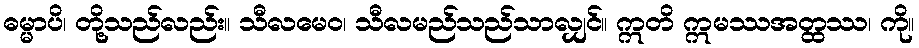
ဓမ္မာပိ၊ တို့သည်လည်း။ သီလမေဝ၊ သီလမည်သည်သာလျှင်။ ဣတိ ဣမဿအတ္ထဿ၊ ကို။